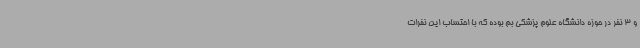
و 3 نفر در حوزه دانشگاه علوم پزشکی بم بوده که با احتساب این نفرات